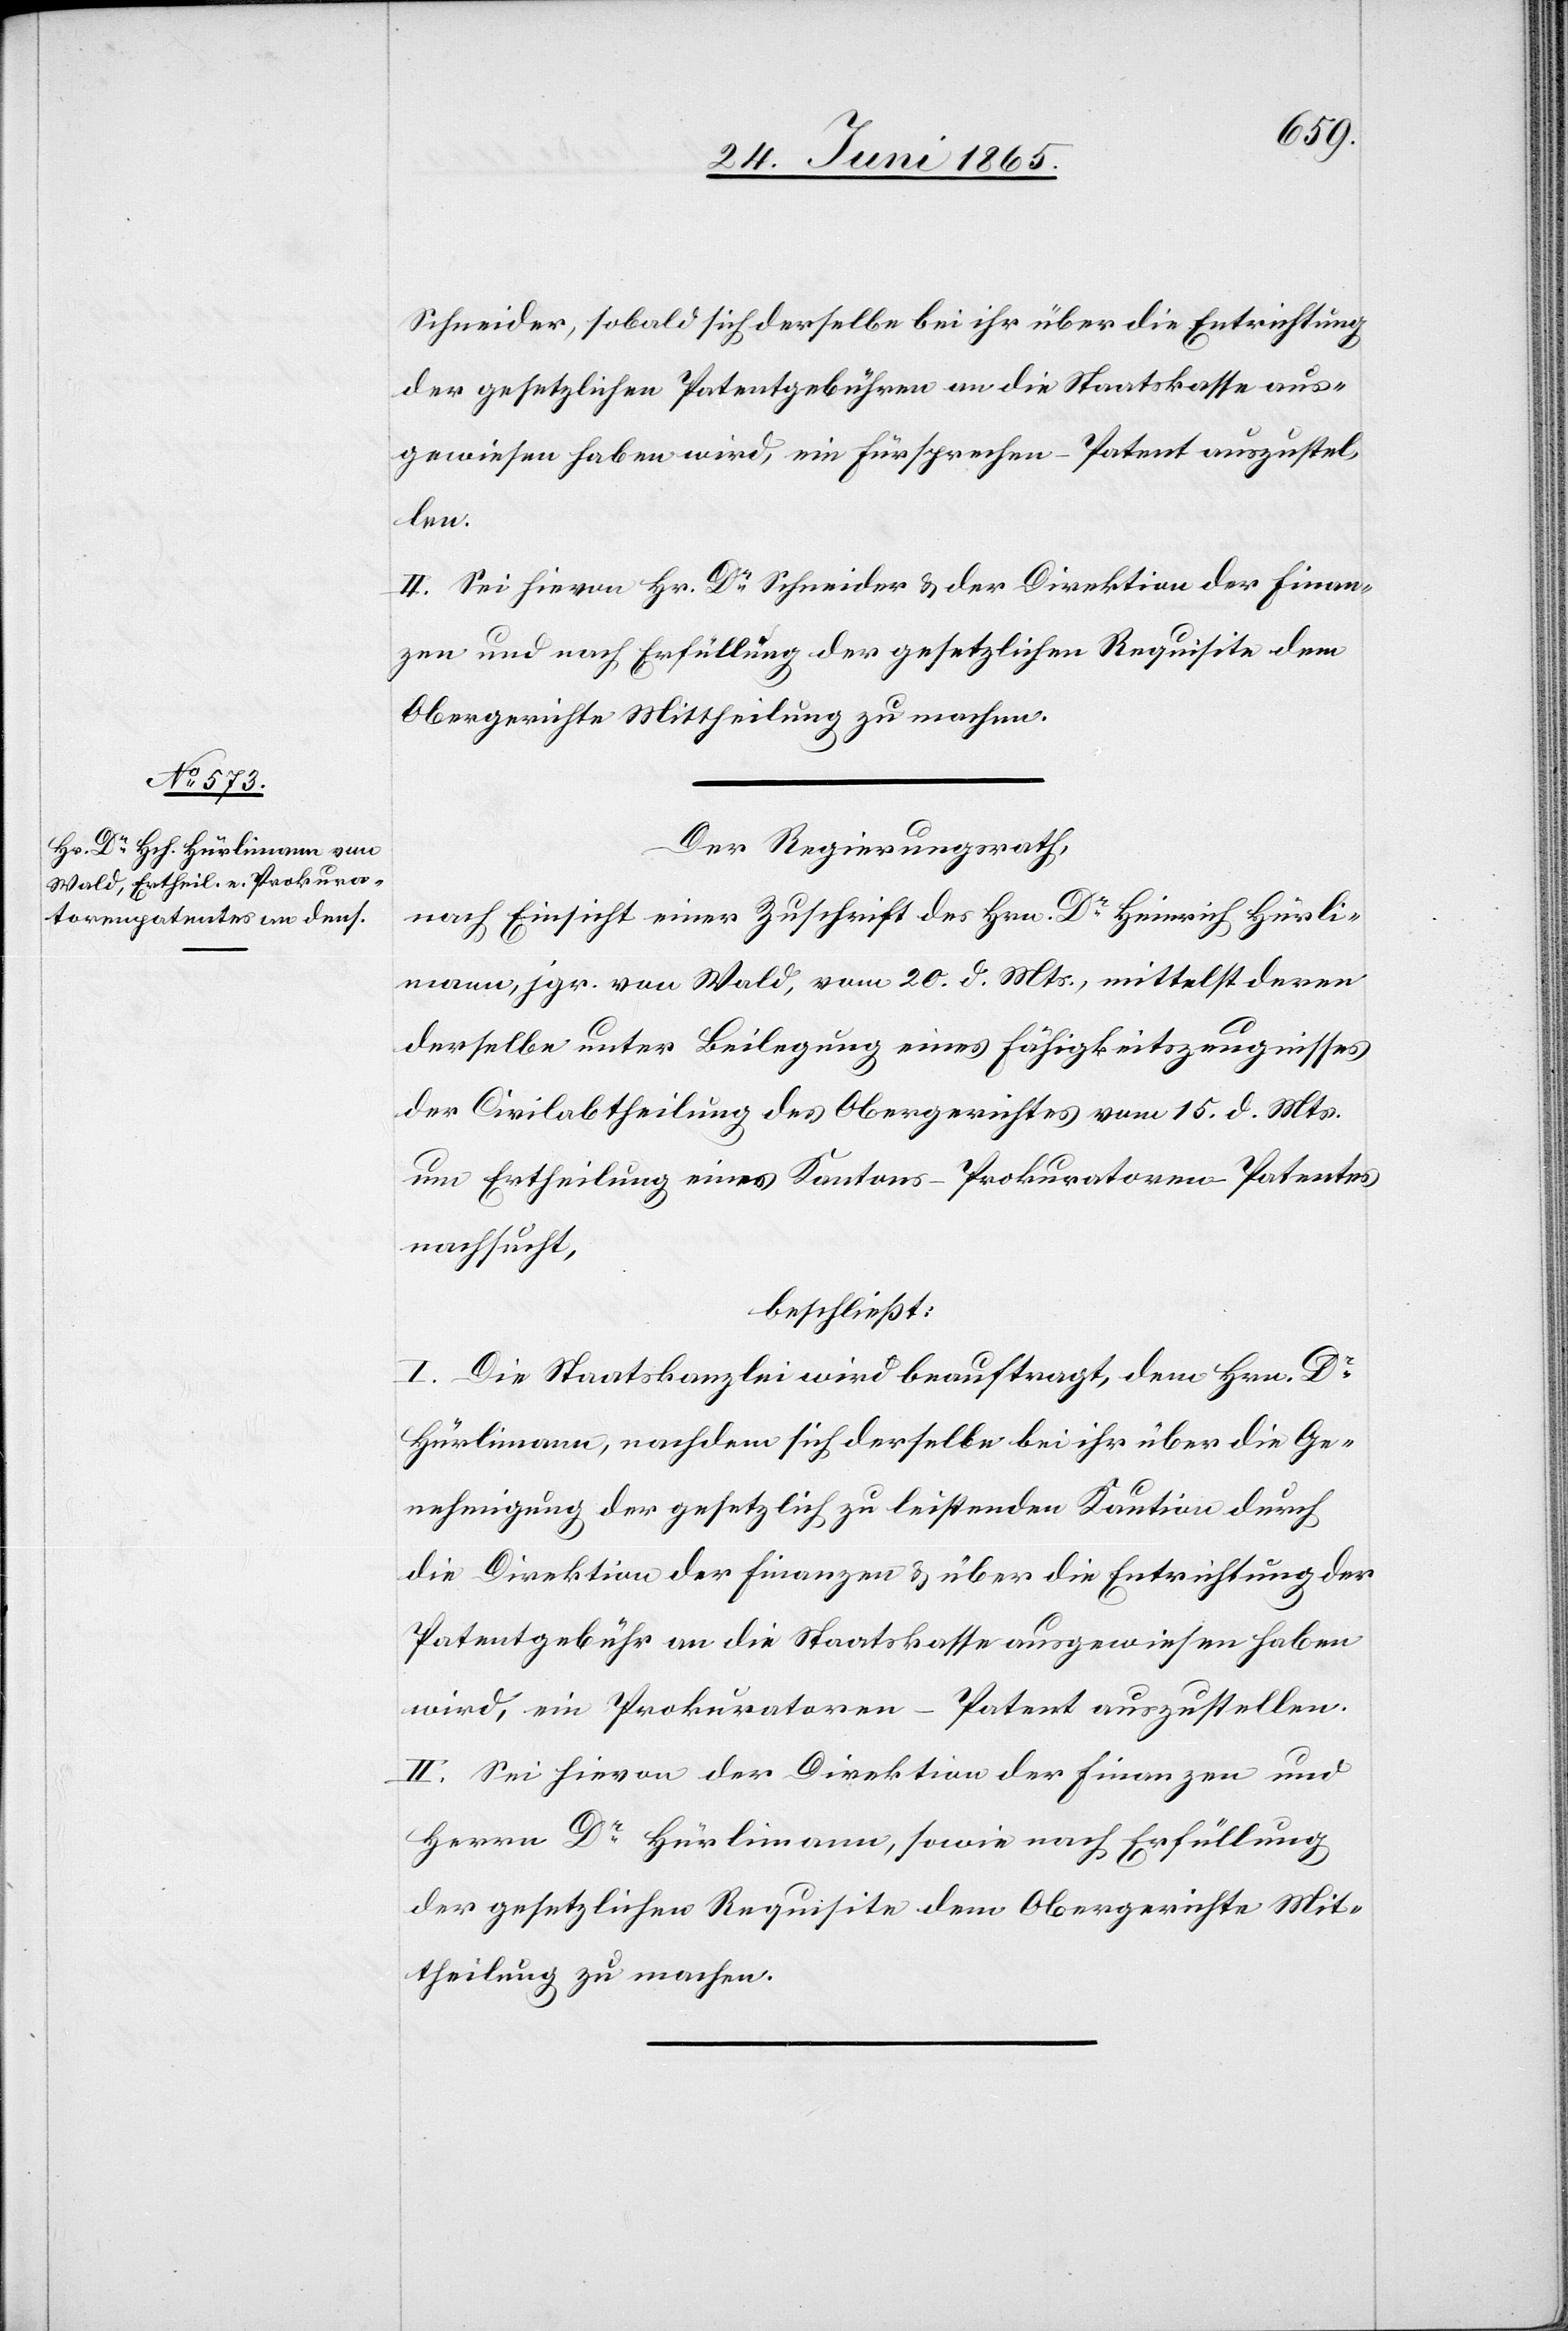
Schneider, sobald sich derselbe bei ihr über die Entrichtung
der gesetzlichen Patentgebühren an die Staatskasse aus¬
gewiesen haben wird, ein Fürsprechen-Patent auszustel¬
len.
II. Sei hievon Hr. Dr Schneider & der Direktion der Finan¬
zen und nach Erfüllung der gesetzlichen Requisite dem
Obergerichte Mittheilung zu machen.
Der Regierungsrath,
nach Einsicht einer Zuschrift des Hrn. Dr Heinrich Hürli¬
mann, jgr. von Wald, vom 20. d. Mts., mittelst deren
derselbe unter Beilegung eines Fähigkeitszeugnisses
der Civilabtheilung des Obergerichtes vom 15. d. Mts.
um Ertheilung eines Kantons-Prokuratoren-Patentes
nachsucht,
beschließt:
I. Die Staatskanzlei wird beauftragt, dem Hrn. Dr
Hürlimann, nachdem sich derselbe bei ihr über die Ge¬
nehmigung der gesetzlich zu leistenden Kaution durch
die Direktion der Finanzen & über die Entrichtung der
Patentgebühr an die Staatskasse ausgewiesen haben
wird, ein Prokuratoren-Patent auszustellen.
II. Sei hievon der Direktion der Finanzen und
Herrn Dr Hürlimann, sowie nach Erfüllung
der gesetzlichen Requisite dem Obergerichte Mit¬
theilung zu machen.